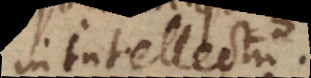
in intellectu.